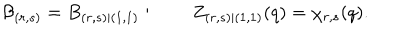
{ \cal B } _ { ( r , s ) } = B _ { ( r , s ) | ( 1 , 1 ) } : \qquad Z _ { ( r , s ) | ( 1 , 1 ) } ( q ) = \chi _ { r , s } ( q ) .